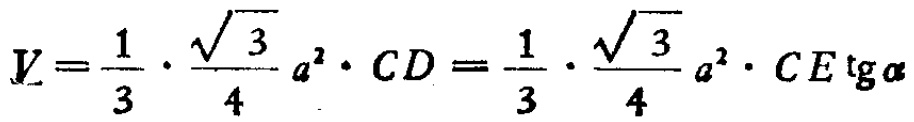
\[V = \frac{1}{3} \cdot \frac{\sqrt{3}}{4} a^{2} \cdot CD = \frac{1}{3} \cdot \frac{\sqrt{3}}{4} a^{2} \cdot CE \operatorname{tg} \alpha\]